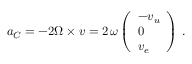
{ \boldsymbol { a } } _ { C } = - 2 { \boldsymbol { \Omega \times v } } = 2 \, \omega \, { \left( \begin{array} { l } { - v _ { u } } \\ { 0 } \\ { v _ { e } } \end{array} \right) } \ .